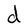
Character: d